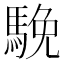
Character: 𩣦